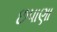
છપાણા